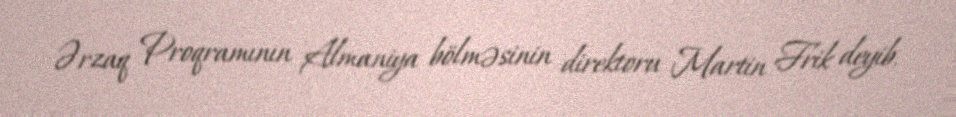
Ərzaq Proqramının Almaniya bölməsinin direktoru Martin Frik deyib.